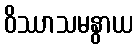
ဝိဿာသမနွာယ